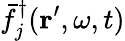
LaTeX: \bar{f}_{j}^{\dagger}(\mathbf{r}^{\prime},\omega,t)